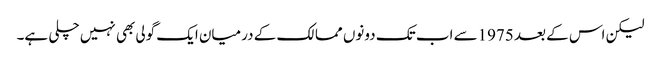
لیکن اس کے بعد 1975سے اب تک دونوں ممالک کے درمیان ایک گولی بھی نہیں چلی ہے۔